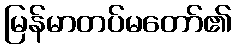
မြန်မာတပ်မတော်၏